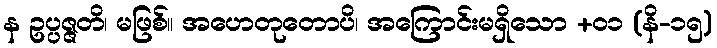
န ဥပ္ပဇ္ဇတိ၊ မဖြစ်။ အဟေတုတောပိ၊ အကြောင်းမရှိသော +၀၁ (နိ-၁၅)